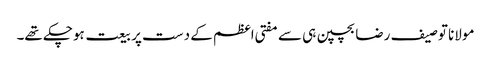
مولانا توصیف رضا بچپن ہی سے مفتی اعظم کے دست پر بیعت ہوچکے تھے۔